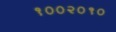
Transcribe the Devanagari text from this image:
१००२०१०